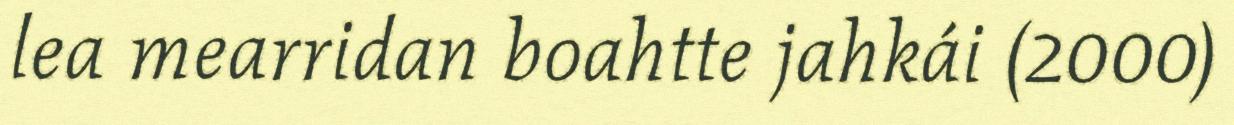
lea mearridan boahtte jahkái (2000)